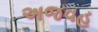
અજવહ